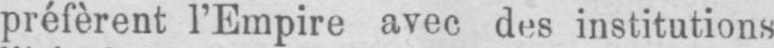
préfèrent l’Empire avec des institutions